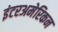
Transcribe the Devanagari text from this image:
इंटरअमेरिकन